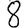
Digit: 8